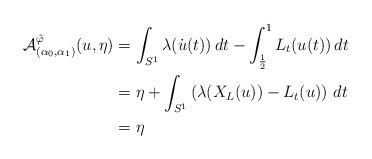
LaTeX: \begin{align*}\mathcal{A}^{\hat{\varphi}}_{(\alpha_0,\alpha_1)}(u,\eta)&=\int_{S^1}\lambda(\dot{u}(t))\,dt-\int_{\frac12}^{1}L_t(u(t))\,dt\\&=\eta+\int_{S^1}\left(\lambda(X_L(u))-L_t(u)\right)\,dt\\&=\eta\end{align*}